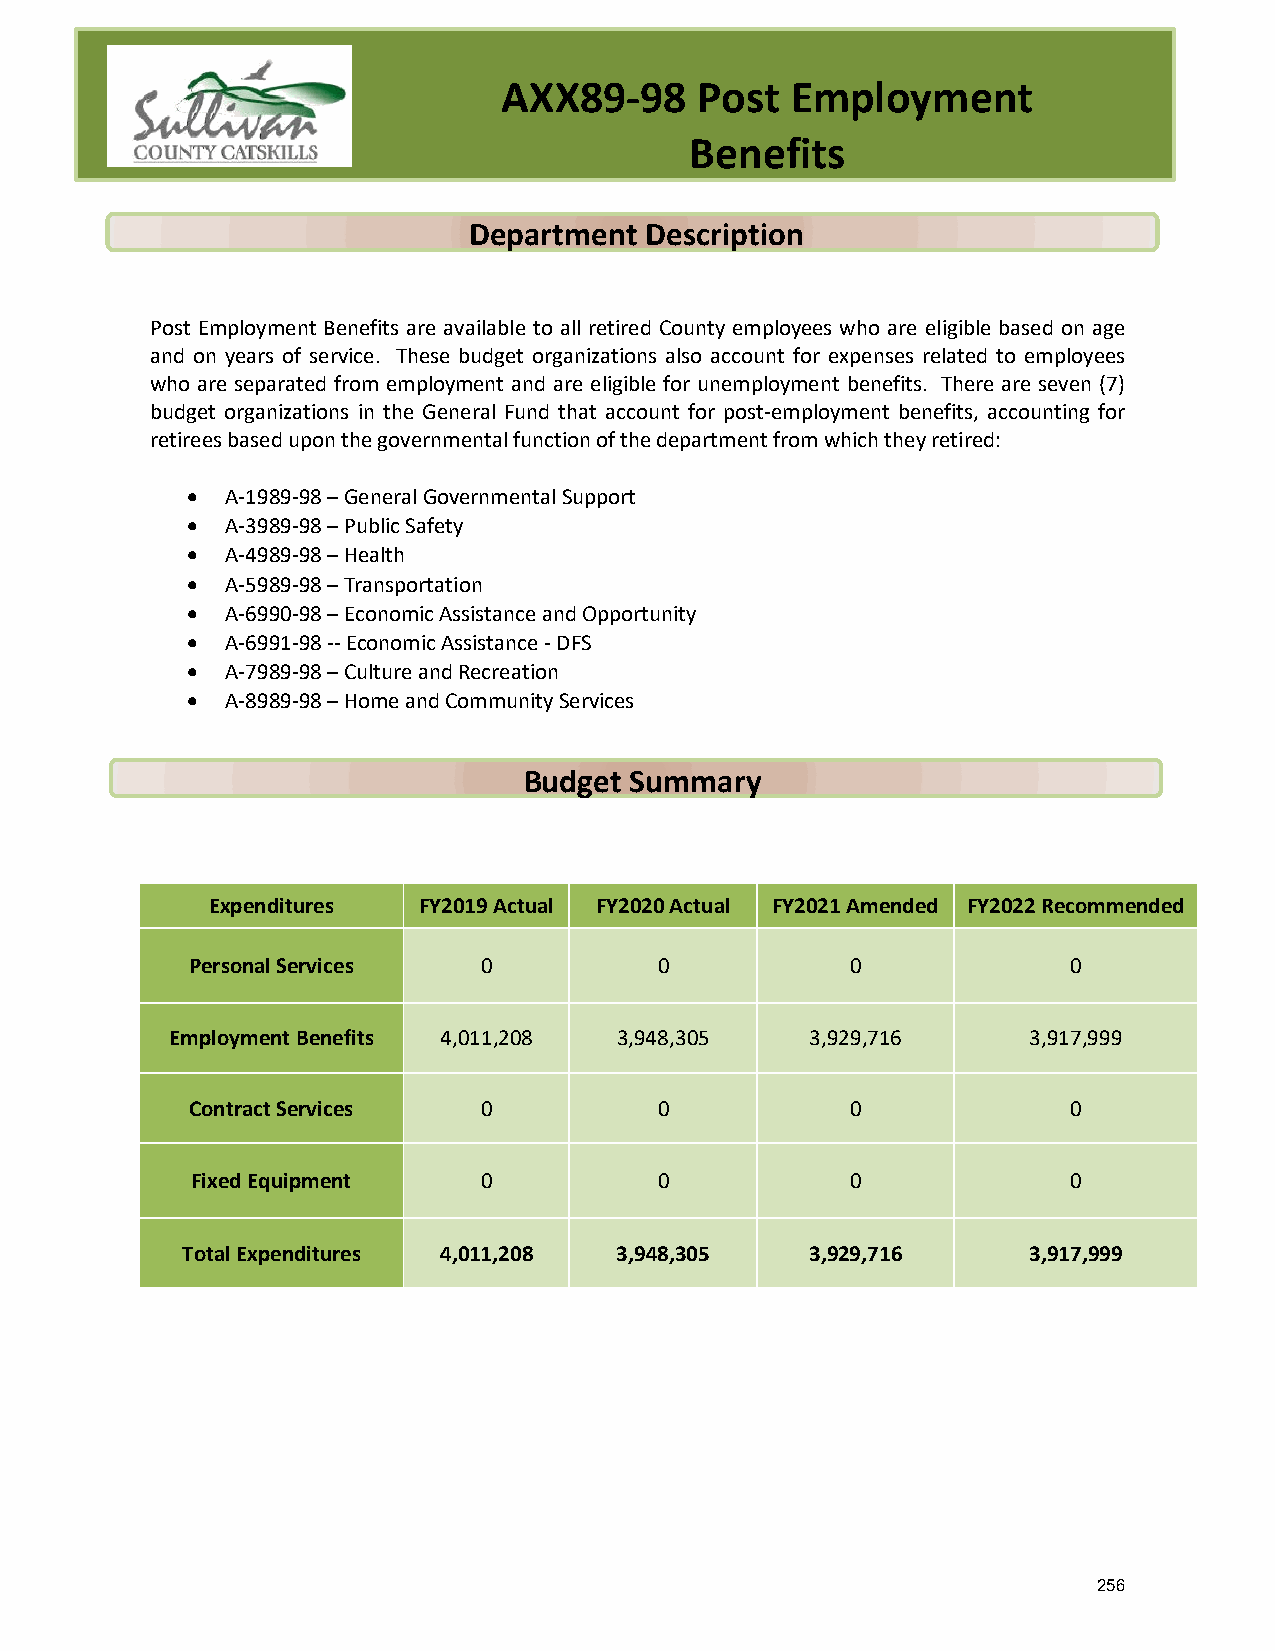
AXX89-98     Post  Employment
 Benefits
 Department  Description
 Post Employment Benefits are available to all retired County employees who are eligible based on age
 and on years of service. These budget organizations also account for expenses related to employees
 who are separated from employment and are eligible for unemployment benefits. There are seven (7)
 budget organizations in the General Fund that account for post-employment benefits, accounting for
 retirees based upon the governmental function of the department from which they retired:
 •  A-1989-98 – General Governmental Support
 •  A-3989-98 – Public Safety
 •  A-4989-98 – Health
 •  A-5989-98 – Transportation
 •  A-6990-98 – Economic Assistance and Opportunity
 •  A-6991-98 -- Economic Assistance - DFS
 •  A-7989-98 – Culture and Recreation
 •  A-8989-98 – Home and Community Services
 Budget Summary
 Expenditures  FY2019 Actual FY2020 Actual FY2021 Amended FY2022 Recommended
 Personal Services   0           0           0              0
 Employment Benefits 4,011,208 3,948,305    3,929,716     3,917,999
 Contract Services  0           0           0              0
 Fixed Equipment    0           0           0              0
 Total Expenditures 4,011,208 3,948,305    3,929,716     3,917,999
 256